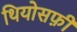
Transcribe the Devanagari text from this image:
थियोसफ़ी